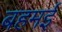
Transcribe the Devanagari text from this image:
बहमई